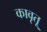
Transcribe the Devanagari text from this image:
कावृतू